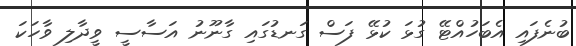
ބުނެފައި އެބަހުއްޓޭ ގުޅަ ކުޅޭ ފަސް ގަނޑުގައި ގާނޫނު އަސާސީ ވީދާލި ވާހަކަ